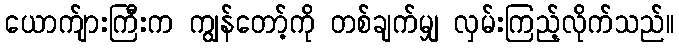
ယောက်ျားကြီးက ကျွန်တော့်ကို တစ်ချက်မျှ လှမ်းကြည့်လိုက်သည်။